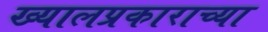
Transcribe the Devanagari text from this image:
ख्यालप्रकाराच्या